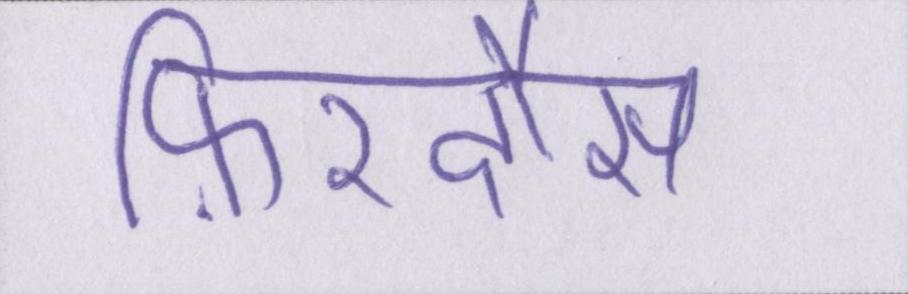
फ़िरदौस